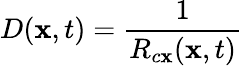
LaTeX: D(\mathbf{x},t)=\frac{{1}}{{R_{c\mathbf{x}}(\mathbf{x},t)}}